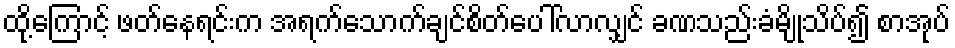
ထို့ကြောင့် ဖတ်နေရင်းက အရက်သောက်ချင်စိတ်ပေါ်လာလျှင် ခဏသည်းခံမျိုသိပ်၍ စာအုပ်